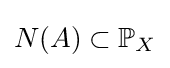
N(A)\subset \mathbb {P} _{X}